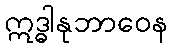
ဣဒ္ဓါနုဘာဝေန